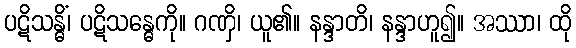
ပဋိသန္ဓိံ၊ ပဋိသန္ဓေကို။ ဂဏှိ၊ ယူ၏။ နန္ဒာတိ၊ နန္ဒာဟူ၍။ အဿာ၊ ထို